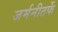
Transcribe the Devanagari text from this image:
जर्मनीतर्फे